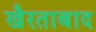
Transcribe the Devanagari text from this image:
खैरताबाद